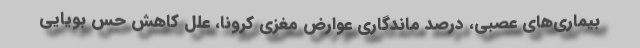
بیماری‌های عصبی، درصد ماندگاری عوارض مغزی کرونا، علل کاهش حس بویایی